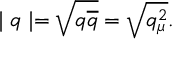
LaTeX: \mid q \mid = \sqrt { q \overline { { { q } } } } = \sqrt { q _ { \mu } ^ { 2 } } .